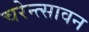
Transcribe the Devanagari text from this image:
चरेन्त्सावन